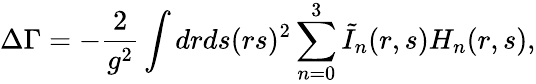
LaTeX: \Delta\Gamma=-\frac{2}{g^{2}}\int drds(rs)^{2}\sum_{n=0}^{3}\tilde{I}_{n}(r,s)H_{n}(r,s),